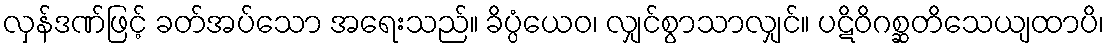
လှန်ဒဏ်ဖြင့် ခတ်အပ်သော အရေးသည်။ ခိပ္ပံယေဝ၊ လျှင်စွာသာလျှင်။ ပဋိဝိဂစ္ဆတိသေယျထာပိ၊